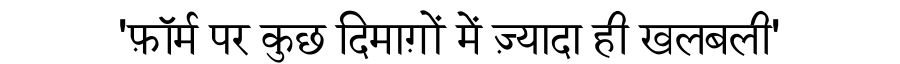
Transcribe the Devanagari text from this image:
'फ़ॉर्म पर कुछ दिमाग़ों में ज़्यादा ही खलबली'